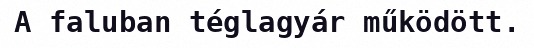
A faluban téglagyár működött.